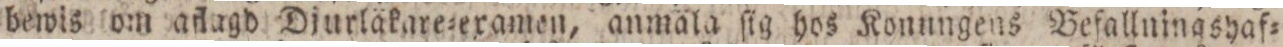
bewis om aflagd Djurläkare=examen, anmäla ſig hos Konungens Befallningshaf=